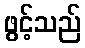
ဖွင့်သည်